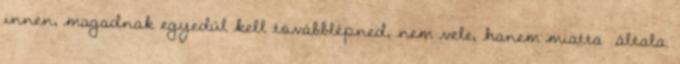
innen, magadnak egyedül kell továbblépned, nem vele, hanem miatta általa.